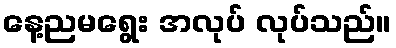
နေ့ညမရွေး အလုပ် လုပ်သည်။